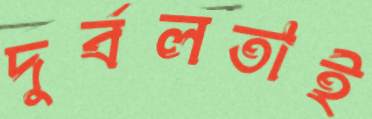
দুর্বলতাই